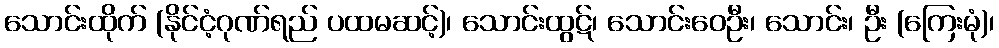
သောင်းထိုက် (နိုင်ငံ့ဂုဏ်ရည် ပထမဆင့်)၊ သောင်းထွဋ်၊ သောင်းဝေဦး၊ သောင်း၊ ဦး (ကြေးမုံ)၊